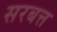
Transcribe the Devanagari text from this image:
सरबत्त